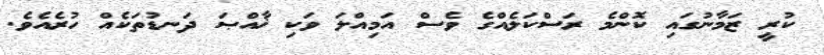
ކުރީ ޒަމާނުގައި ކޮންމެ ރަސްކަލެއްގެ ވެސް އަމިއްލަ ވަކި ޚާއްޞަ ދަނޑުތަކެއް ހުރެއެވެ.